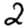
Digit: 2